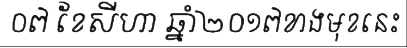
០៧ ខែសីហា ឆ្នាំ២០១៧ខាងមុខនេះ